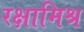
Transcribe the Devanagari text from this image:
रक्षामिश्र